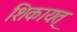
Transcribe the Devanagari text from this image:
शिकायत्